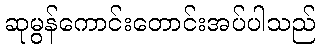
ဆုမွန်ကောင်းတောင်းအပ်ပါသည်